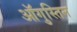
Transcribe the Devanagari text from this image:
ऑगुस्तिन